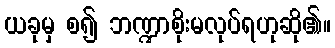
ယခုမှ စ၍ ဘဏ္ဍာစိုးမလုပ်ရဟုဆို၏။